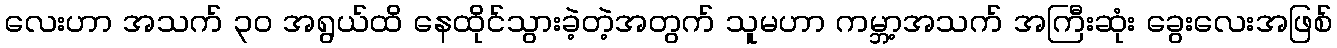
လေးဟာ အသက် ၃၀ အရွယ်ထိ နေထိုင်သွားခဲ့တဲ့အတွက် သူမဟာ ကမ္ဘာ့အသက် အကြီးဆုံး ခွေးလေးအဖြစ်